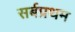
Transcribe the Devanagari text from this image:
सर्बप्रथम